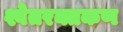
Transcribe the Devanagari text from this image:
श्वेतरक्तकण